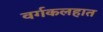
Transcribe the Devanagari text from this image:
वर्गकलहात